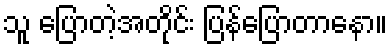
သူ ပြောတဲ့အတိုင်း ပြန်ပြောတာနော။